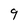
Character: 9